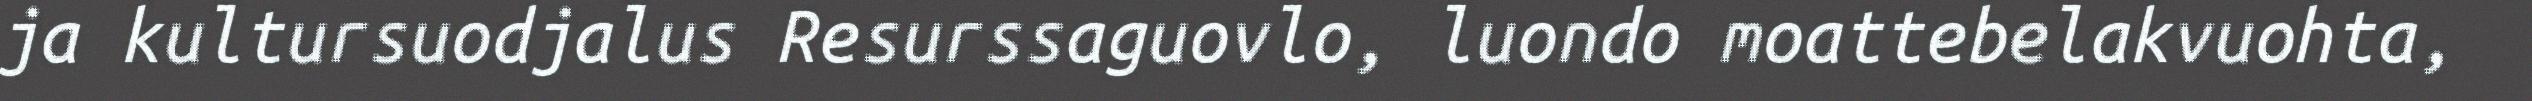
ja kultursuodjalus Resurssaguovlo, luondo moattebelakvuohta,